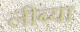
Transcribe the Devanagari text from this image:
लीब्या